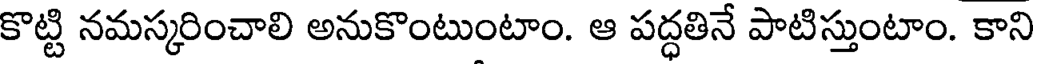
కొట్టి నమస్కరించాలి అనుకొంటుంటాం. ఆ పద్ధతినే పాటిస్తుంటాం. కాని